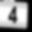
Digit: 4